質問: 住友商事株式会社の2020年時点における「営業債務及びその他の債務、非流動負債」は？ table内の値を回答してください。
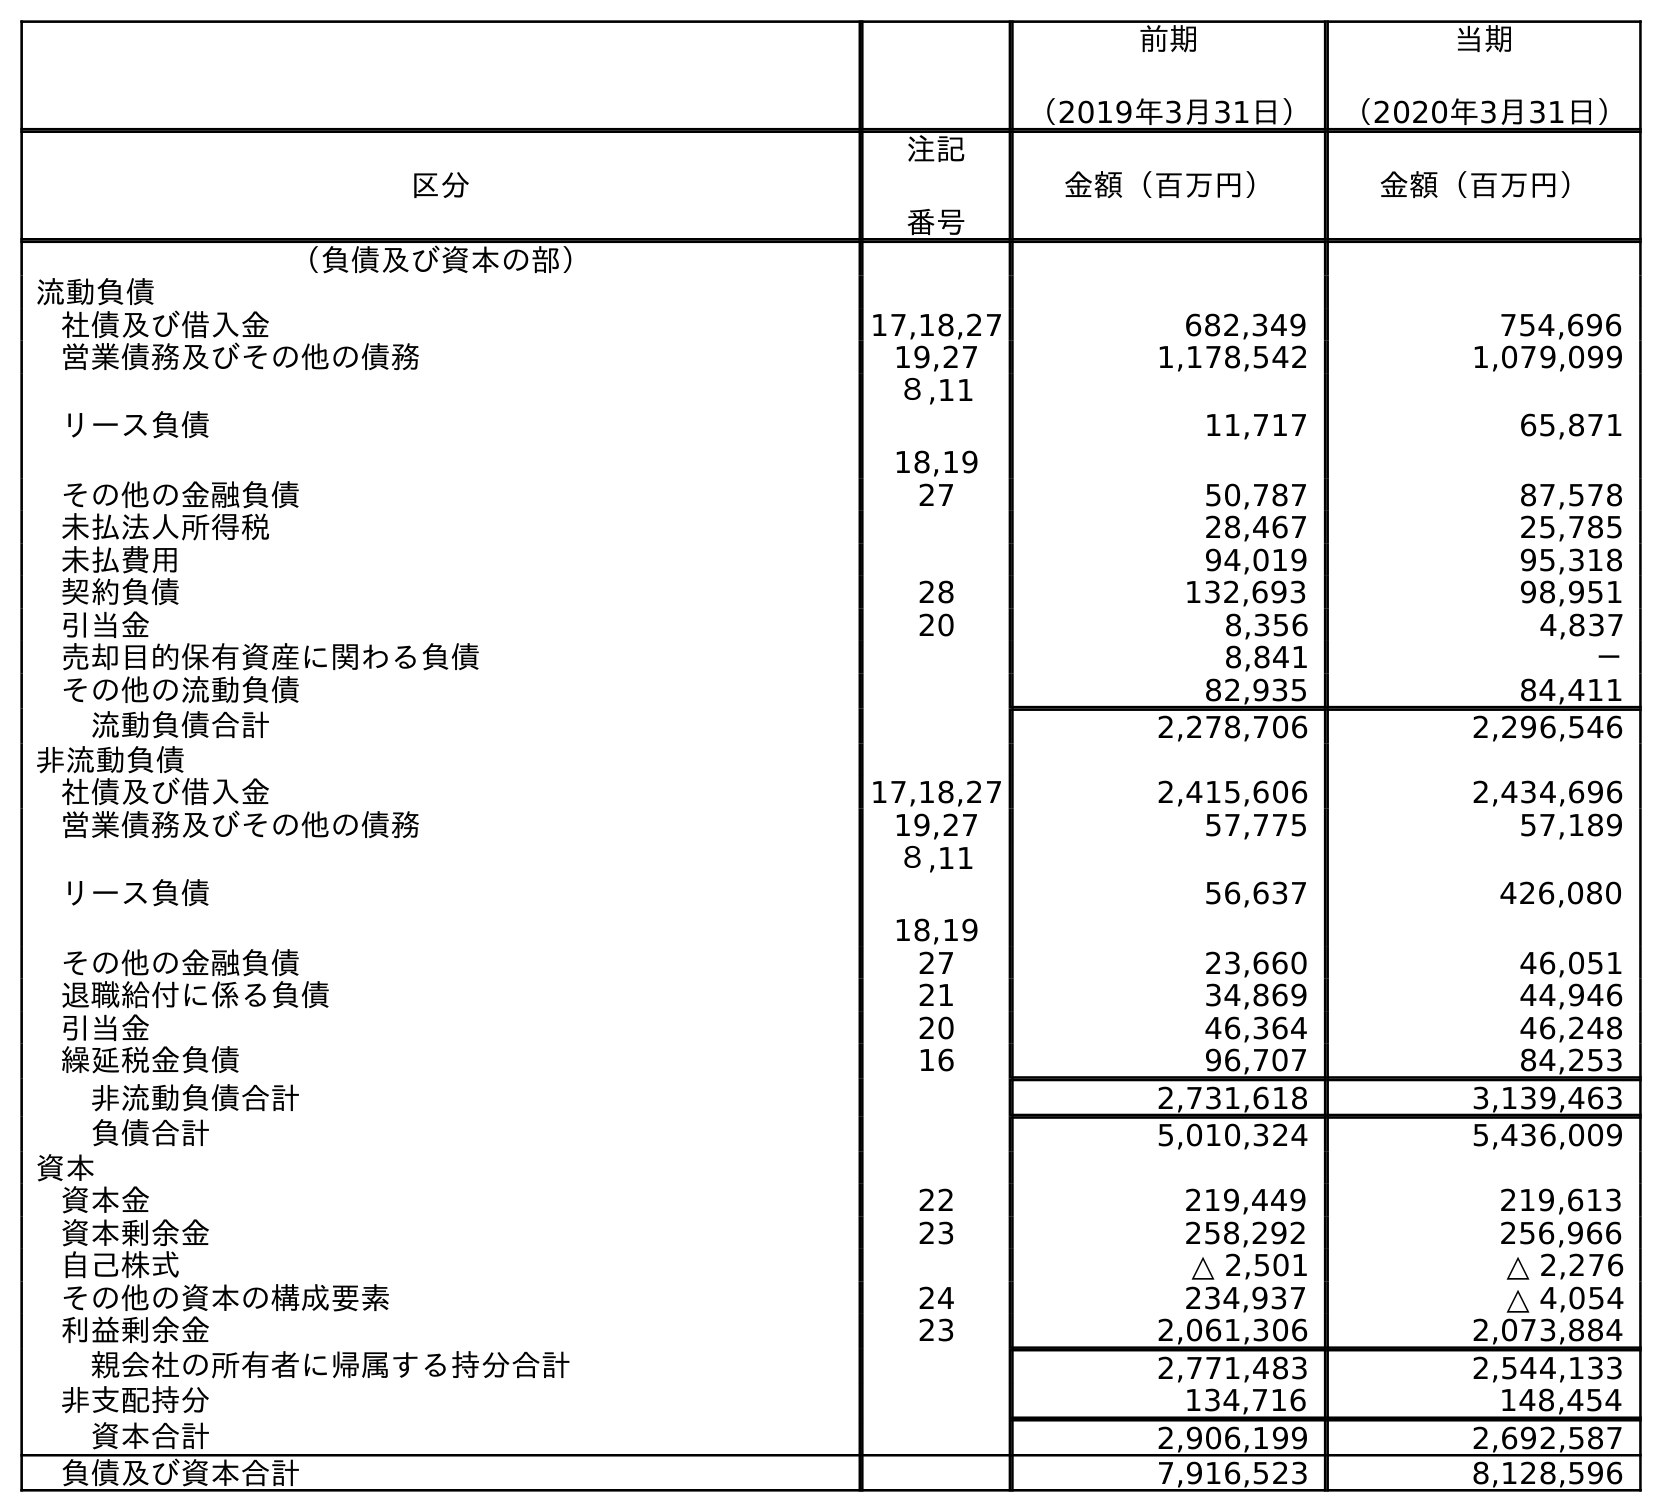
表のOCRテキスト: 前期 （2019年3月31日） 当期 （2020年3月31日） 区分 注記 番号 金額（百万円） 金額（百万円） （負債及び資本の部） 流動負債 社債及び借入金 17,18,27 682,349 754,696 営業債務及びその他の債務 19,27 1,178,542 1,079,099 リース負債 ８,11 18,19 11,717 65,871 その他の金融負債 27 50,787 87,578 未払法人所得税 28,467 25,785 未払費用 94,019 95,318 契約負債 28 132,693 98,951 引当金 20 8,356 4,837 売却目的保有資産に関わる負債 8,841 － その他の流動負債 82,935 84,411 流動負債合計 2,278,706 2,296,546 非流動負債 社債及び借入金 17,18,27 2,415,606 2,434,696 営業債務及びその他の債務 19,27 57,775 57,189 リース負債 ８,11 18,19 56,637 426,080 その他の金融負債 27 23,660 46,051 退職給付に係る負債 21 34,869 44,946 引当金 20 46,364 46,248 繰延税金負債 16 96,707 84,253 非流動負債合計 2,731,618 3,139,463 負債合計 5,010,324 5,436,009 資本 資本金 22 219,449 219,613 資本剰余金 23 258,292 256,966 自己株式 △ 2,501 △ 2,276 その他の資本の構成要素 24 234,937 △ 4,054 利益剰余金 23 2,061,306 2,073,884 親会社の所有者に帰属する持分合計 2,771,483 2,544,133 非支配持分 134,716 148,454 資本合計 2,906,199 2,692,587 負債及び資本合計 7,916,523 8,128,596
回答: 57,189